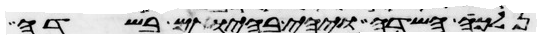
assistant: נלכה השדה ויהי בהיותם בשדה